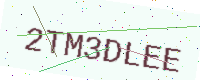
Text: 2TM3DLEE